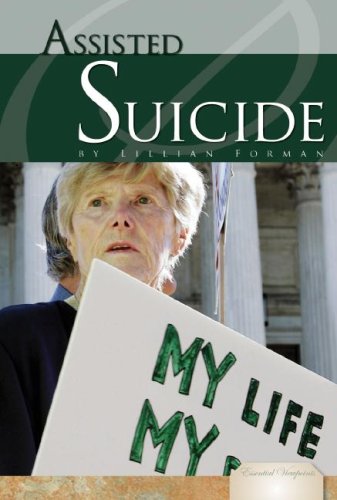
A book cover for Assisted Suicide (Essential Viewpoints); Lillian Forman; Teen & Young Adult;